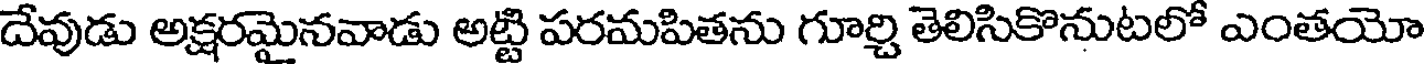
దేవుడు అక్షరమైనవాడు అట్టి పరమపితను గూర్చి తెలిసికొనుటలో ఎంతయో